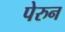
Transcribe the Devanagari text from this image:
पेरुन